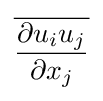
{\overline {\frac {\partial u_{i}u_{j}}{\partial x_{j}}}}